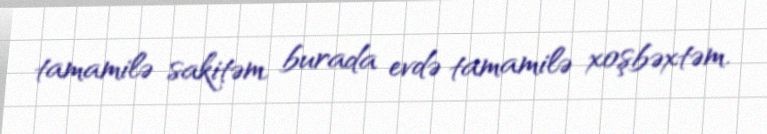
tamamilə sakitəm, burada evdə tamamilə xoşbəxtəm.